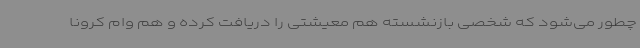
چطور می‌شود که شخصی بازنشسته هم معیشتی را دریافت کرده و هم وام کرونا